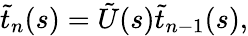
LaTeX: \tilde{t}_{n}(s)=\tilde{U}(s)\tilde{t}_{n-1}(s),